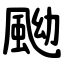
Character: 䬀